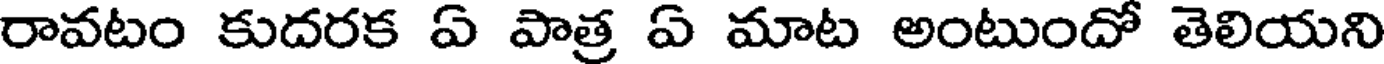
రావటం కుదరక ఏ పాత్ర ఏ మాట అంటుందో తెలియని